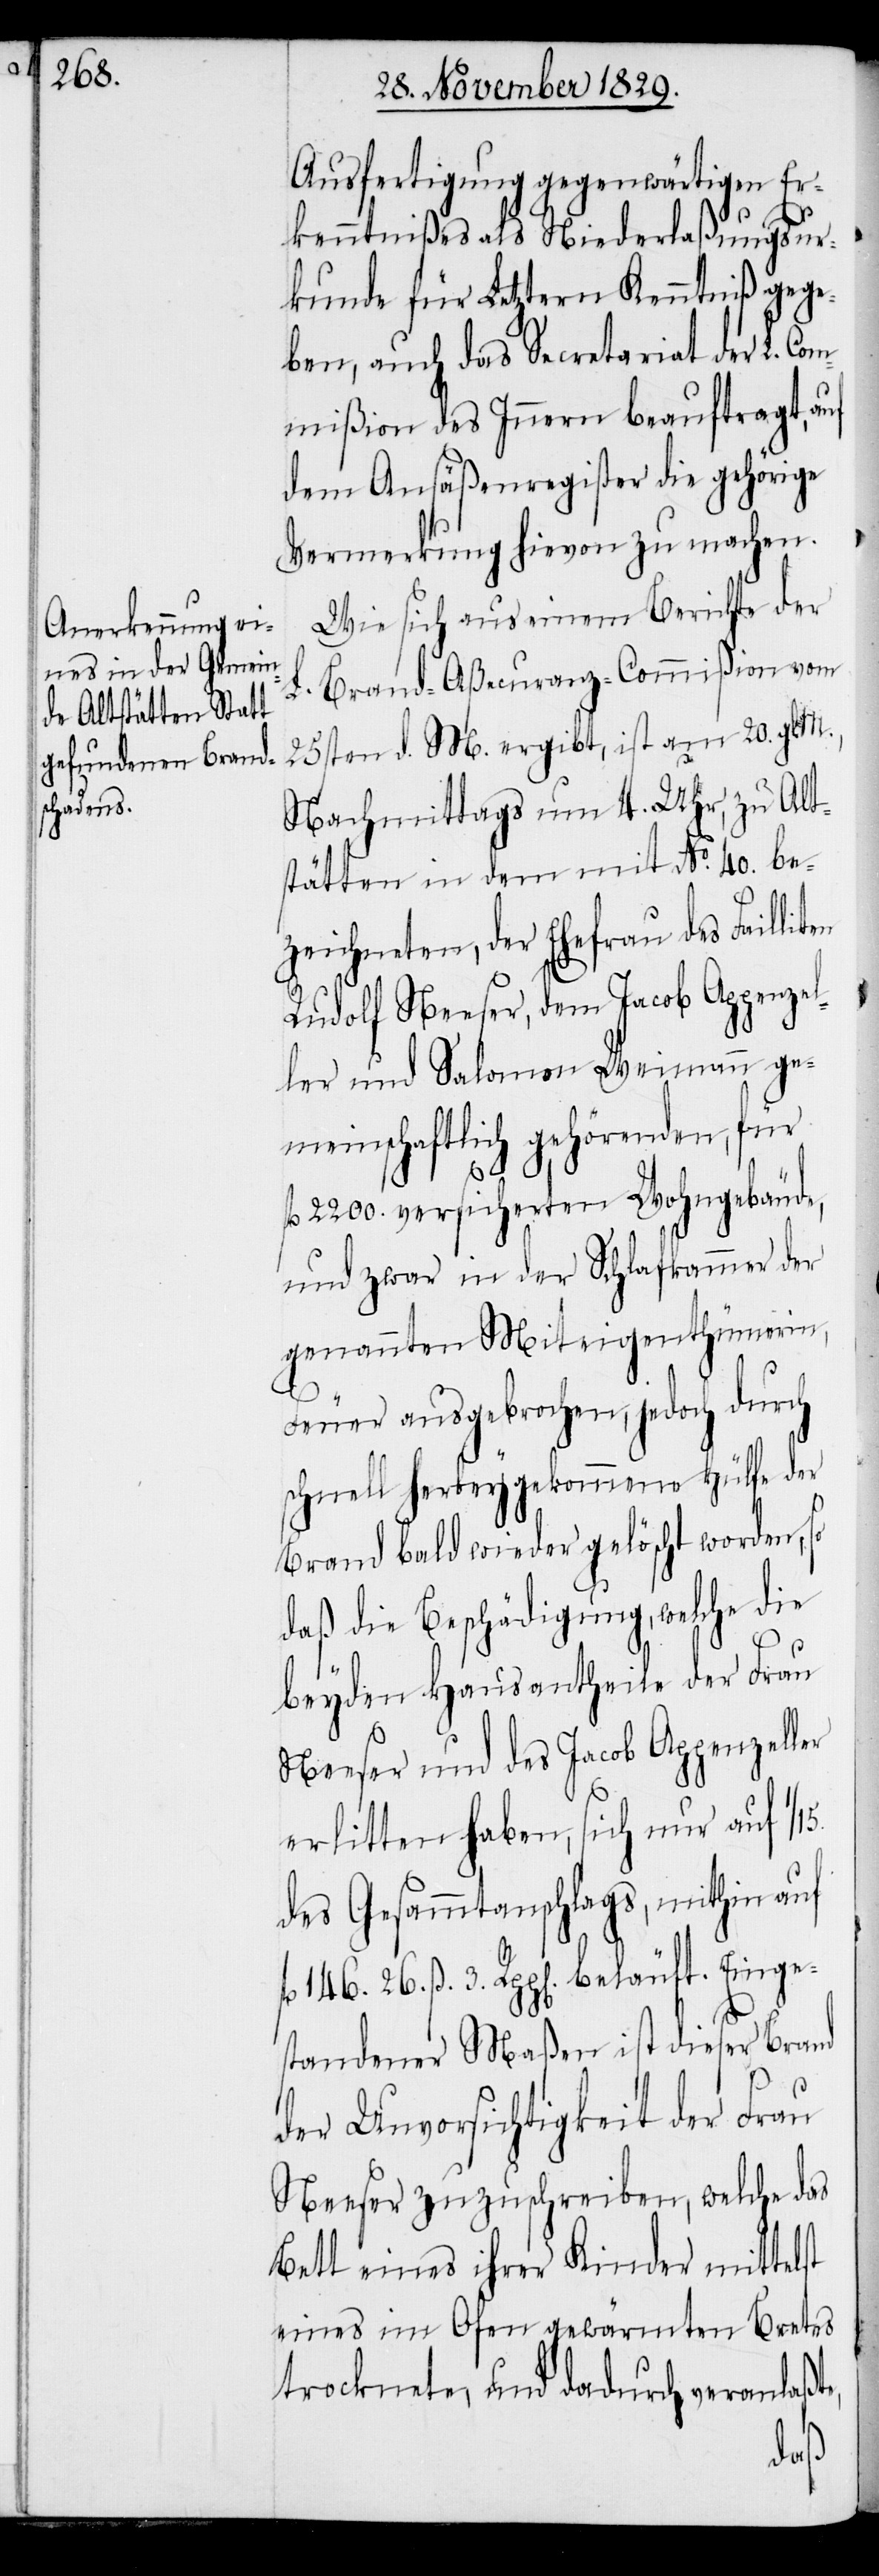
Ausfertigung gegenwärtigen Er¬
kenntnißes als Niederlaßungsur¬
kunde für letztern Kenntniß gege¬
ben, auch das Secretariat der L. Co¬
mmißion des Innern beauftragt, auf
dem Ansäßenregister die gehörige
Vermerkung hievon zu machen.
Wie sich aus einem Berichte der
L. Brand-Aßecuranz-Commißion vom
25sten d. M. ergibt, ist am 20. gl.
Nachmittags um 4. Uhr, zu Alt¬
stätten in dem mit No. 40 be¬
zeichneten, der Ehefrau des Failliten
Rudolf Neeser, dem Jacob Appenzel¬
ler und Salomon Weinmann ge¬
meinschaftlich gehörenden, für
2200. versicherten Wohngebäude,
und zwar in der Schlafkammer der
genannten Miteigenthümmerin,
Feuer ausgebrochen, jedoch durch
schnell herbeygekommene Hülfe der
Brand bald wieder gelöscht worden, so
daß die Beschädigung, welche die
beyden Hausantheile der Frau
Neeser und des Jacob Appenzeller
erlitten haben, sich nur auf 1/15.
des Gesammtanschlags, mithin auf
26. ß. 3. Rpp[en]. beläuft. Einge¬
standener Maßen ist dieser Brand
der Unvorsichtigkeit der Frau
Neeser zuzuschreiben, welche das
Bett eines ihrer Kinder mittelst
eines im Ofen gewärmten Bretes
trocknete, und dadurch veranlaßte,